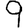
Digit: 9